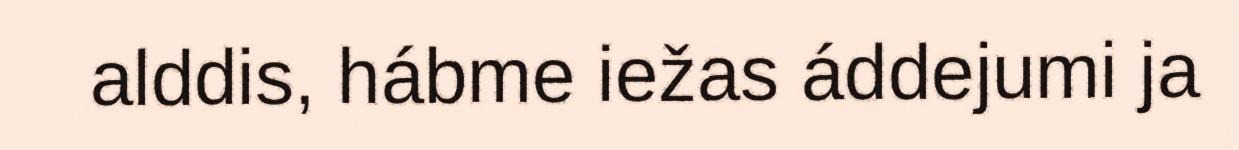
alddis, hábme iežas áddejumi ja